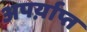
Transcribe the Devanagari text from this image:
अपर्य़ाप्त